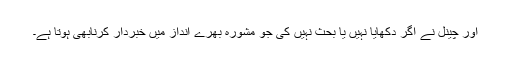
اور چینل نے اگر دکھایا نہیں یا بحث نہیں کی جو مشورہ بھرے انداز میں خبردار کرنابھی ہوتا ہے۔